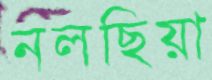
নলছিয়া